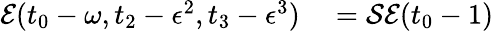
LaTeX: \begin{array}{rl}{\mathcal{E}(t_{0}-\omega,t_{2}-\epsilon^{2},t_{3}-\epsilon^{3})}&{{}=\mathcal{S}\mathcal{E}(t_{0}-1)}\end{array}